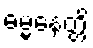
ဓမ္မနေတ္တိ